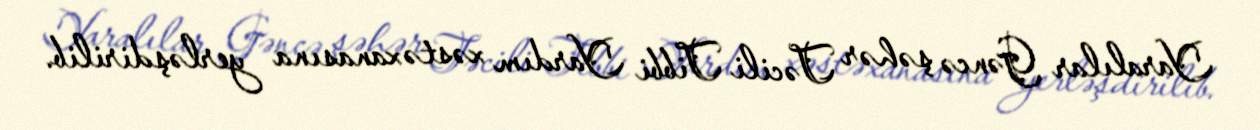
Yaralılar Gəncə şəhər Təcili Tibbi Yardım xəstəxanasına yerləşdirilib.